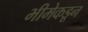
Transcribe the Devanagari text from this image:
भीमेकडून